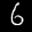
Label: 6